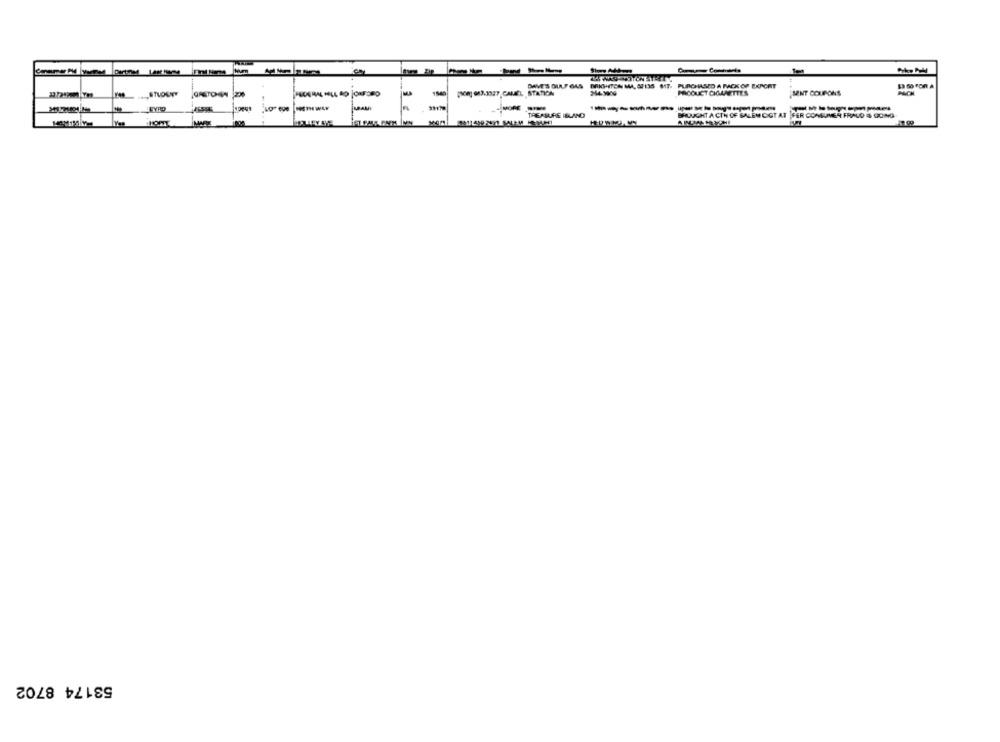
BRKI(TON MA, 67135 517.
PURCHASED A MACK OF EXPORT
ORETOWN
1540
[on] 013.327,CAMEL STATION
PACOUCT CIGARETTES
MENT COUPONS
PACK
--------
TREASURE ISLAND
BROUGHT A CTN OF SALEM CIGT AT FER CONSUMER FRAUD IS GONG
53174 8702